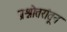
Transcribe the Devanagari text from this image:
प्रश्नोत्तरांतून